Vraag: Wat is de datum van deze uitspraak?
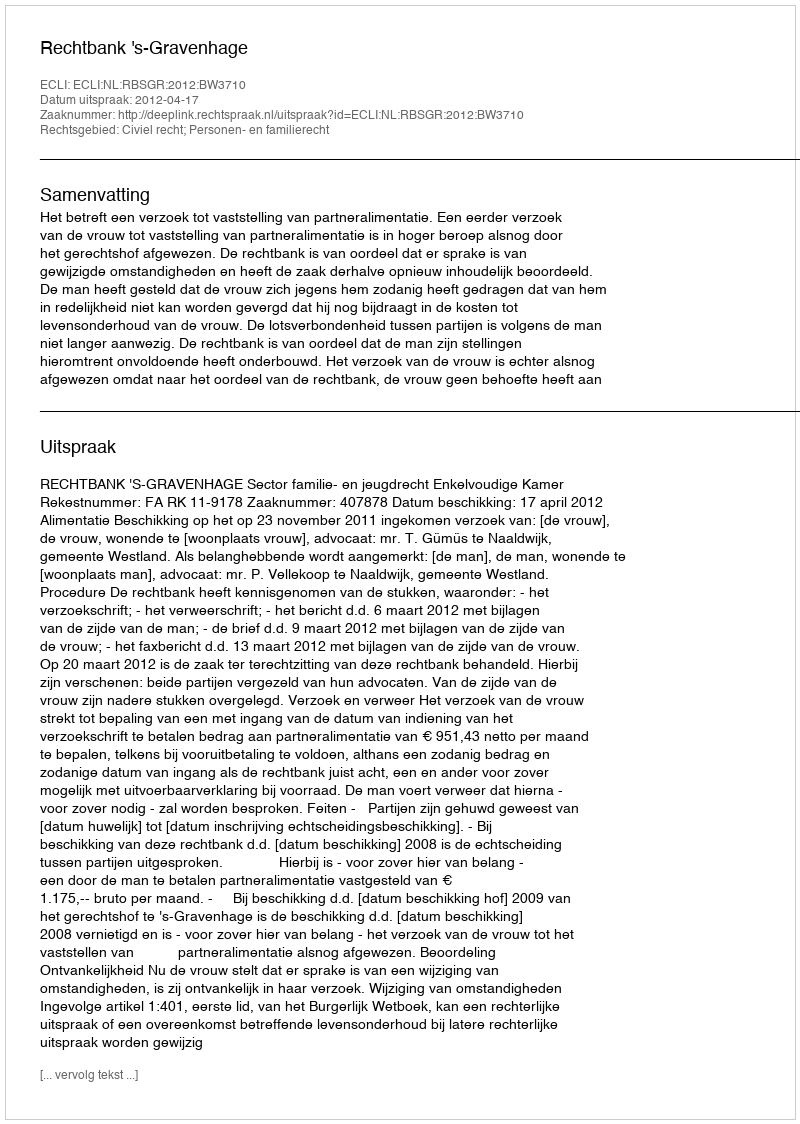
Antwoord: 2012-04-17